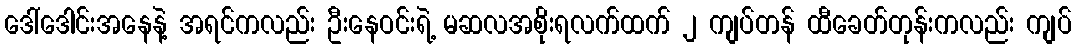
ဒေါ်ဒေါင်းအနေနဲ့ အရင်ကလည်း ဦးနေဝင်းရဲ့ မဆလအစိုးရလက်ထက် ၂ ကျပ်တန် ထီခေတ်တုန်းကလည်း ကျပ်